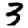
Digit: 3